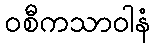
ဝစီကသာဝါနံ